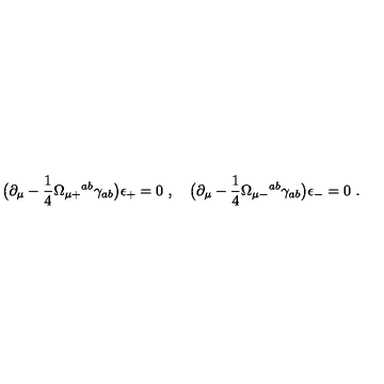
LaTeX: \bigl ( \partial _ { \mu } - { \frac { 1 } { 4 } } \Omega _ { \mu + } { } ^ { a b } \gamma _ { a b } \bigr ) \epsilon _ { + } = 0 \ , \quad \bigl ( \partial _ { \mu } - { \frac { 1 } { 4 } } \Omega _ { \mu - } { } ^ { a b } \gamma _ { a b } \bigr ) \epsilon _ { - } = 0 \ .